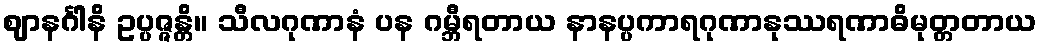
ဈာနင်္ဂါနိ ဥပ္ပဇ္ဇန္တိ။ သီလဂုဏာနံ ပန ဂမ္ဘီရတာယ နာနပ္ပကာရဂုဏာနုဿရဏာဓိမုတ္တတာယ